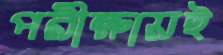
পরীক্ষায়ই